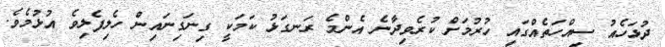
ދުޅަހެއު ސިއްހަތެއްގައި ހުރުމަށް ކުރެވިދާނެ އެންމެ ރަނގަޅު ކަމަކީ ގިނަގިނައިން ހެލިފެލިވެ އުޅުމެވެ.